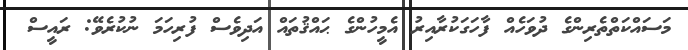
މަސައްކަތްތެރިންގެ ދުވަހެއް ފާހަގަކުރާއިރު އެމީހުންގެ ޙައްޤުތައް އަދިވެސް ފުރިހަމަ ނުކުރެވޭ: ރައީސް